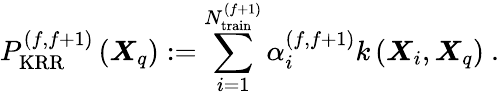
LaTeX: P_{\mathrm{KRR}}^{(f,f+1)}\left(\boldsymbol{X}_{q}\right):=\sum_{i=1}^{N_{\mathrm{train}}^{(f+1)}}\alpha_{i}^{(f,f+1)}k\left(\boldsymbol{X}_{i},\boldsymbol{X}_{q}\right)~.